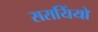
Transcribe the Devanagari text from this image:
सरायिंयों